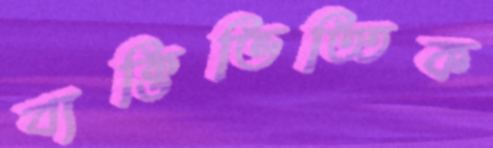
ব্যক্তিভিত্তিক